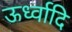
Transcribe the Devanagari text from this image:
ऊर्ध्वादि